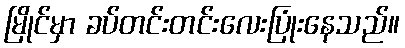
မြိုင်မှာ ခပ်တင်းတင်းလေးပြုံးနေသည်။